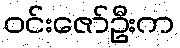
ဝင်းဇော်ဦးက